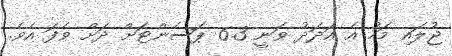
ޖުލައި މަހު އެ އަދަދު ވަނީ 6.3 ޕަސެންޓަށް ދަށް ވެފަ އެވެ.